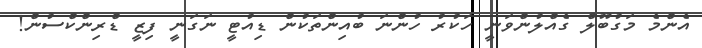
އެންމެ މަގުބޫލް ގެއްލުންވަނީ ހަކުރު ހުންނަ ބުއިންތަކުން ޑިއުޓީ ނަގަނީ ފިޒީ ޑްރިންކްްސުން!